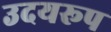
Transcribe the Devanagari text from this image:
उदयरूप